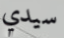
سيدي